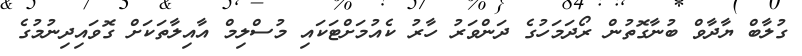
ގުލާބް ޔާދާވް ބުނާގޮތުން ރޯދަމަހުގެ ދަންވަރު ހާރު ކެއުމަށްޓަކައި މުސްލިމް އާއިލާތަކަށް ގޮވައިދިނުމުގެ